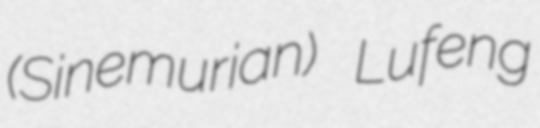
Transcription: (Sinemurian) Lufeng